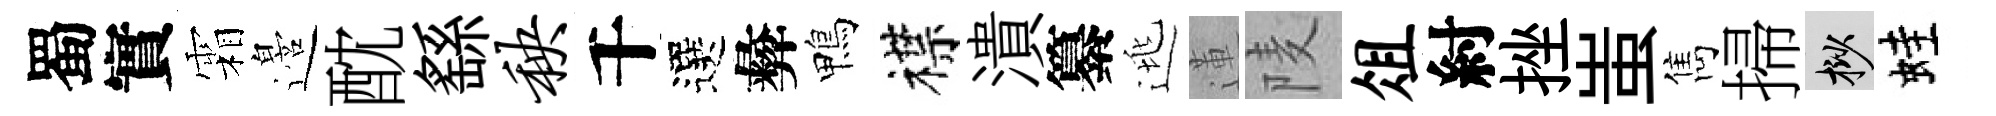
蜀實霜邉酖繇秧千選彜鴨襟潰纂逃蓮𨹧俎紂挫蚩雋掃挲蛙